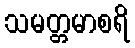
သမတ္တမာစရိ